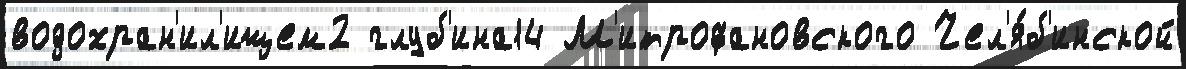
водохран'ил'ищем2 глуб'ина14 М'итрофановского Чел'я́б'инской